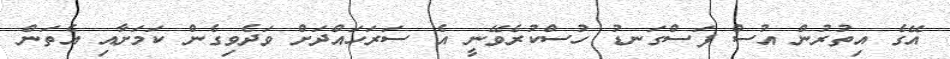
އޭގެ އިތުރުން އުސް ފަސްގަނޑު ހުސްކުރެވޭނީ އެ ސަރަހައްދަށް ވަދެވިގެން ކަމަށާއި އެތަން